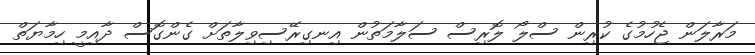
މަރާލަން ޖެހުމުގެ ކުރިން ސްލޯ ލޮރިސް ސަލާމަތުން އިނގިރޭސިވިލާތަށް ގެންގޮސް ދާއިމީ ހިމާޔަތް